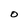
Character: O